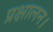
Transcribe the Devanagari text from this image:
प्रक्षालन।